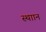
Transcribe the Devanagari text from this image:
स्थाान